Scottish Leaving Certificate Examination, 1960
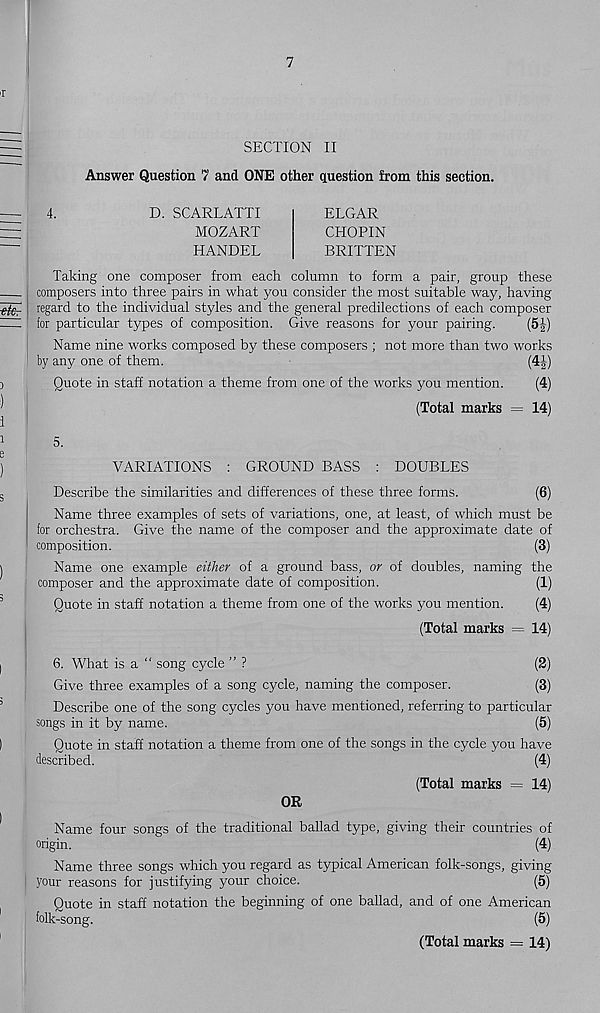
SECTION II
Answer Question 7 and ONE other question from this section.
4.
D. SCARLATTI
MOZART
HANDEL
ELGAR
CHOPIN
BRITTEN
Taking one composer from each column to form a pair, group these
composers into three pairs in what you consider the most suitable way, having
regard to the individual styles and the general predilections of each composer
for particular types of composition. Give reasons for your pairing.
(5£)
Name nine works composed by these composers ; not more than two works
by any one of them.
(4M
Quote in staff notation a theme from one of the works you mention.
(4)
(Total marks = 14)
5.
VARIATIONS : GROUND BASS : DOUBLES
Describe the similarities and differences of these three forms.
(6)
Name three examples of sets of variations, one, at least, of which must be
for orchestra. Give the name of the composer and the approximate date of
composition.
(3)
Name one example either of a ground bass, or of doubles, naming the
composer and the approximate date of composition.
(1)
Quote in staff notation a theme from one of the works you mention.
(4)
(Total marks = 14)
6. What is a “ song cycle ” ?
(2)
Give three examples of a song cycle, naming the composer.
(3)
Describe one of the song cycles you have mentioned, referring to particular
songs in it by name.
(5)
Quote in staff notation a theme from one of the songs in the cycle you have
described.
(4)
(Total marks = 14)
OR
Name four songs of the traditional ballad type, giving their countries of
origin.
(4)
Name three songs which you regard as typical American folk-songs, giving
your reasons for justifying your choice.
(5)
Quote in staff notation the beginning of one ballad, and of one American
folk-song.
(5)
(Total marks = 14)